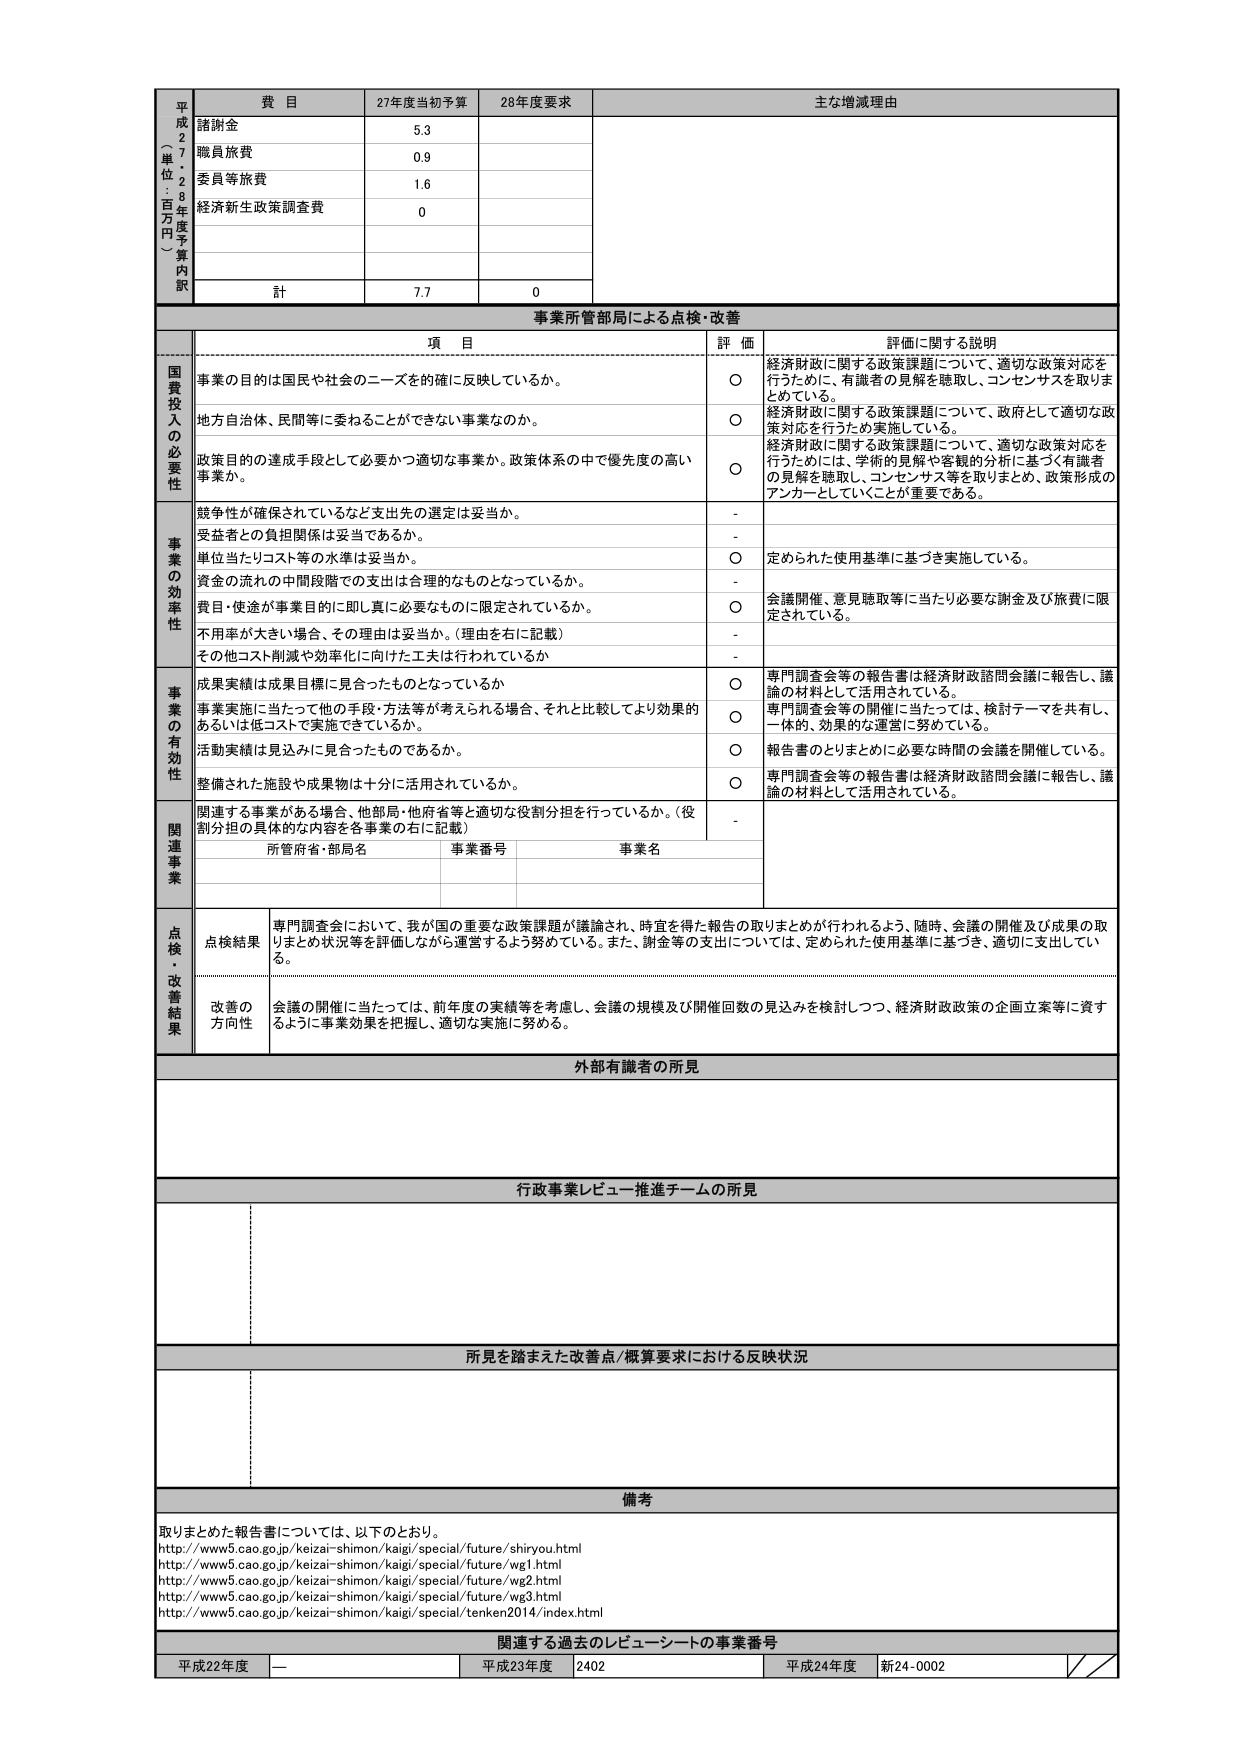
平成27年度（単位：百万円）
費目　　27年度当初予算　　28年度要求　　主な増減理由
諸謝金　　　　　5.3